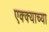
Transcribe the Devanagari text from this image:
एक्क्याच्या